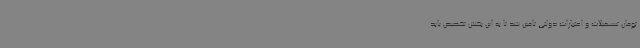
تومان تسهیلات و اعتبارات دولتی تامین شد تا به این بخش تخصیص یابد.